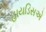
હાયડિસએ